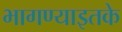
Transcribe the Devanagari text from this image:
भागण्याइतके